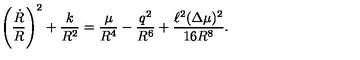
\left( \frac { \dot { R } } { R } \right) ^ { 2 } + \frac { k } { R ^ { 2 } } = \frac { \mu } { R ^ { 4 } } - \frac { q ^ { 2 } } { R ^ { 6 } } + \frac { \ell ^ { 2 } ( \Delta \mu ) ^ { 2 } } { 1 6 R ^ { 8 } } .